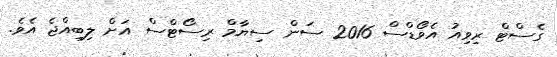
ގެސްޓް ރިވިއު އެވޯޑްސް 2016 ސަން ސިޔާމް ރިސޯޓްސް އަށް ލިބިއްޖެ އެވެ.